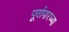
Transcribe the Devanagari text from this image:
पूर्वापारच्या